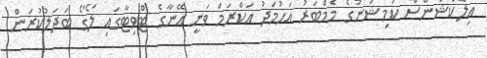
އިލެކްޝަންސް ކަމިޝަނުގެ މެމްބަރު އަހުމަދު އަކްރަމް ވަނީ އޭނާގެ ޓްވިޓާގައި ލޯގޯ ބަދަލުކުރަން